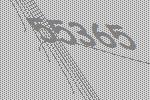
55365